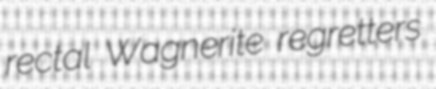
rectal Wagnerite regretters